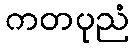
ကတပုညံ